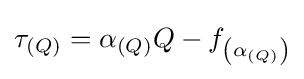
\tau _{(Q)}=\alpha _{(Q)}Q-f_{\left(\alpha _{(Q)}\right)}